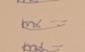
Signature authenticity: genuine